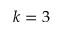
k = 3